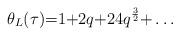
LaTeX: \begin{align*}\theta_L(\tau){=}1{+}2q{+}24q^{\frac{3}{2} }{+}\hdots\end{align*}